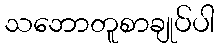
သဘောတူစာချုပ်ပါ